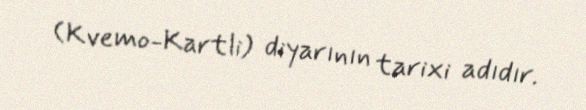
(Kvemo-Kartli) diyarının tarixi adıdır.